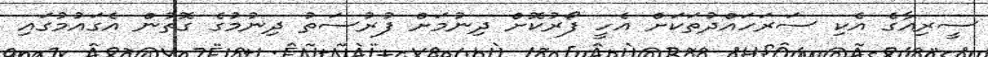
ސީރިއާގެ އެކި ސަރަހައްދުތަކަށް އެހީ ފޯރުކޮށް ދިނުމަށް ފުރުސަތު ދިނުމުގެ ގޮތުން އެގައުމުގައި